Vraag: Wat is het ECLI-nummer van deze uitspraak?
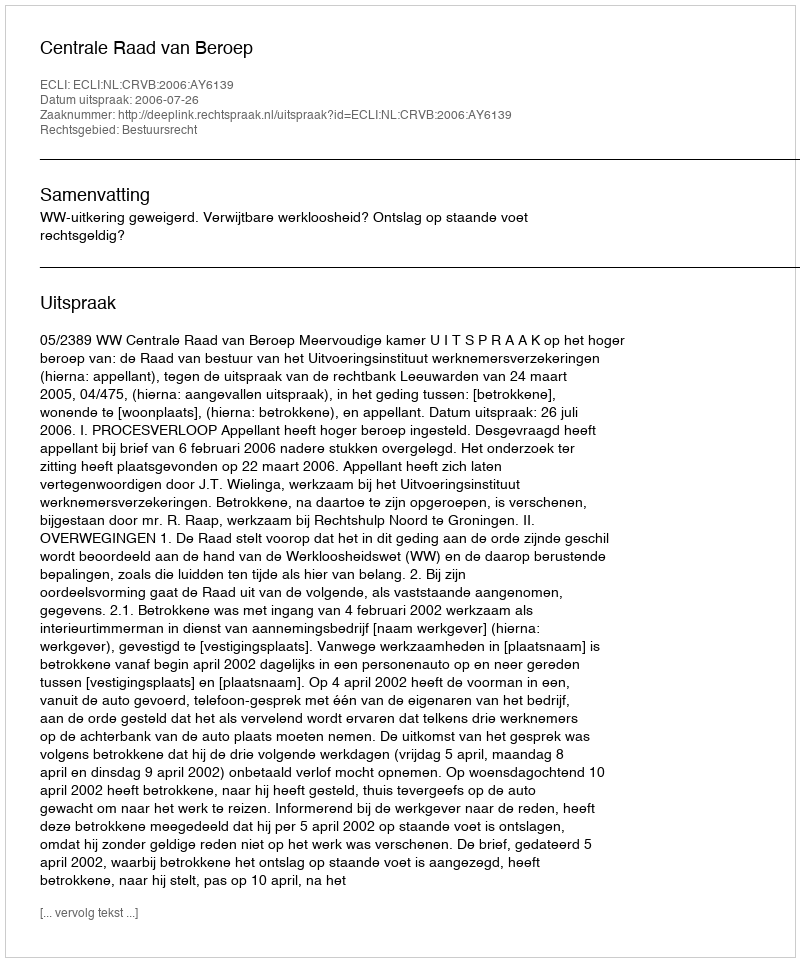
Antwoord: ECLI:NL:CRVB:2006:AY6139